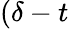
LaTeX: (\delta-t